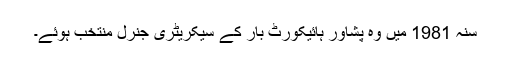
سنہ 1981 میں وہ پشاور ہائیکورٹ بار کے سیکریٹری جنرل منتخب ہوئے۔